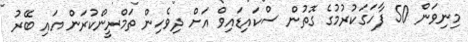
މިނިވަން 50 ފާހަގަކުރުމުގެ ގޮތުން ސްކައިޑައިވް އަށް ދިވެހިން ތަމްރީންކުރަން އައި ބޭރު